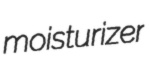
moisturizer